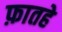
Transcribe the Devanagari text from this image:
फ़ातहे